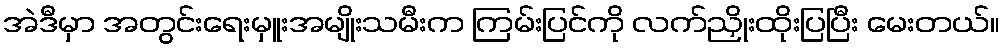
အဲဒီမှာ အတွင်းရေးမှူးအမျိုးသမီးက ကြမ်းပြင်ကို လက်ညှိုးထိုးပြပြီး မေးတယ်။